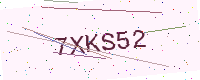
Text: 7XKS52